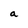
Character: a